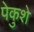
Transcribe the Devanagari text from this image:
पेकुशे